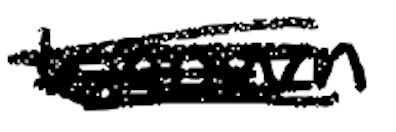
Text: known
Cross-out: scratch
Writing tool: digital_black